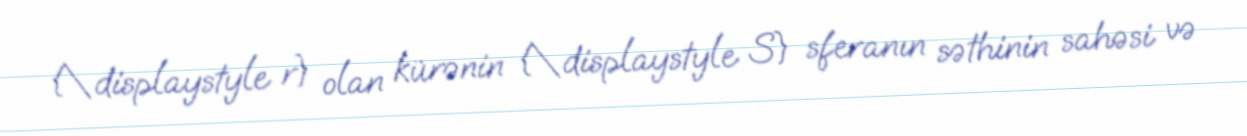
{\displaystyle r} olan kürənin {\displaystyle S} sferanın səthinin sahəsi və